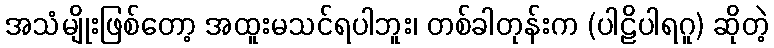
အသံမျိုးဖြစ်တော့ အထူးမသင်ရပါဘူး၊ တစ်ခါတုန်းက (ပါဠိပါရဂူ) ဆိုတဲ့